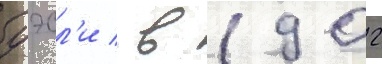
уэсл'и / в 1902